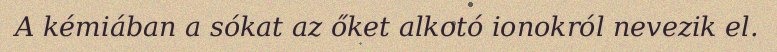
A kémiában a sókat az őket alkotó ionokról nevezik el.